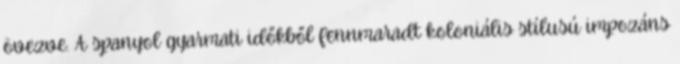
övezve. A spanyol gyarmati időkből fennmaradt koloniális stílusú impozáns